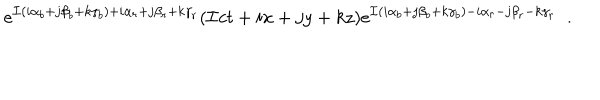
LaTeX: e ^ { { \cal I } ( i \alpha _ { b } + j \beta _ { b } + k \gamma _ { b } ) + i \alpha _ { r } + j \beta _ { r } + k \gamma _ { r } } ( { \cal I } c t + i x + j y + k z ) e ^ { { \cal I } ( i \alpha _ { b } + j \beta _ { b } + k \gamma _ { b } ) - i \alpha _ { r } - j \beta _ { r } - k \gamma _ { r } } \; \; .